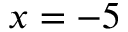
x = - 5